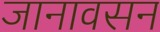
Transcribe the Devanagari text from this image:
जानावसन